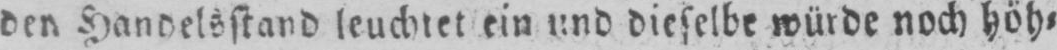
den Handelsstand leuchtet ein und dieselbe würde noch höh⸗